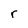
Character: r